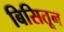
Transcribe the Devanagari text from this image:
बिसितून